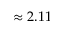
\approx 2 . 1 1